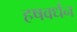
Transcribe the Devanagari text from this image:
हषवर्धन